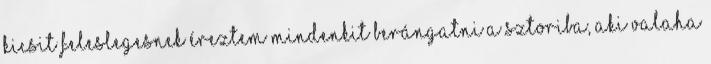
Kicsit feleslegesnek éreztem mindenkit berángatni a sztoriba, aki valaha